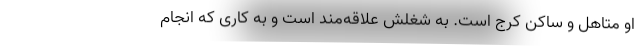
او متاهل و ساکن کرج است. به شغلش علاقه‌مند است و به کاری که انجام